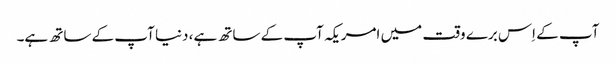
آپ کے اِس برے وقت میں امریکہ آپ کے ساتھ ہے، دنیا آپ کے ساتھ ہے۔